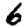
Digit: 6